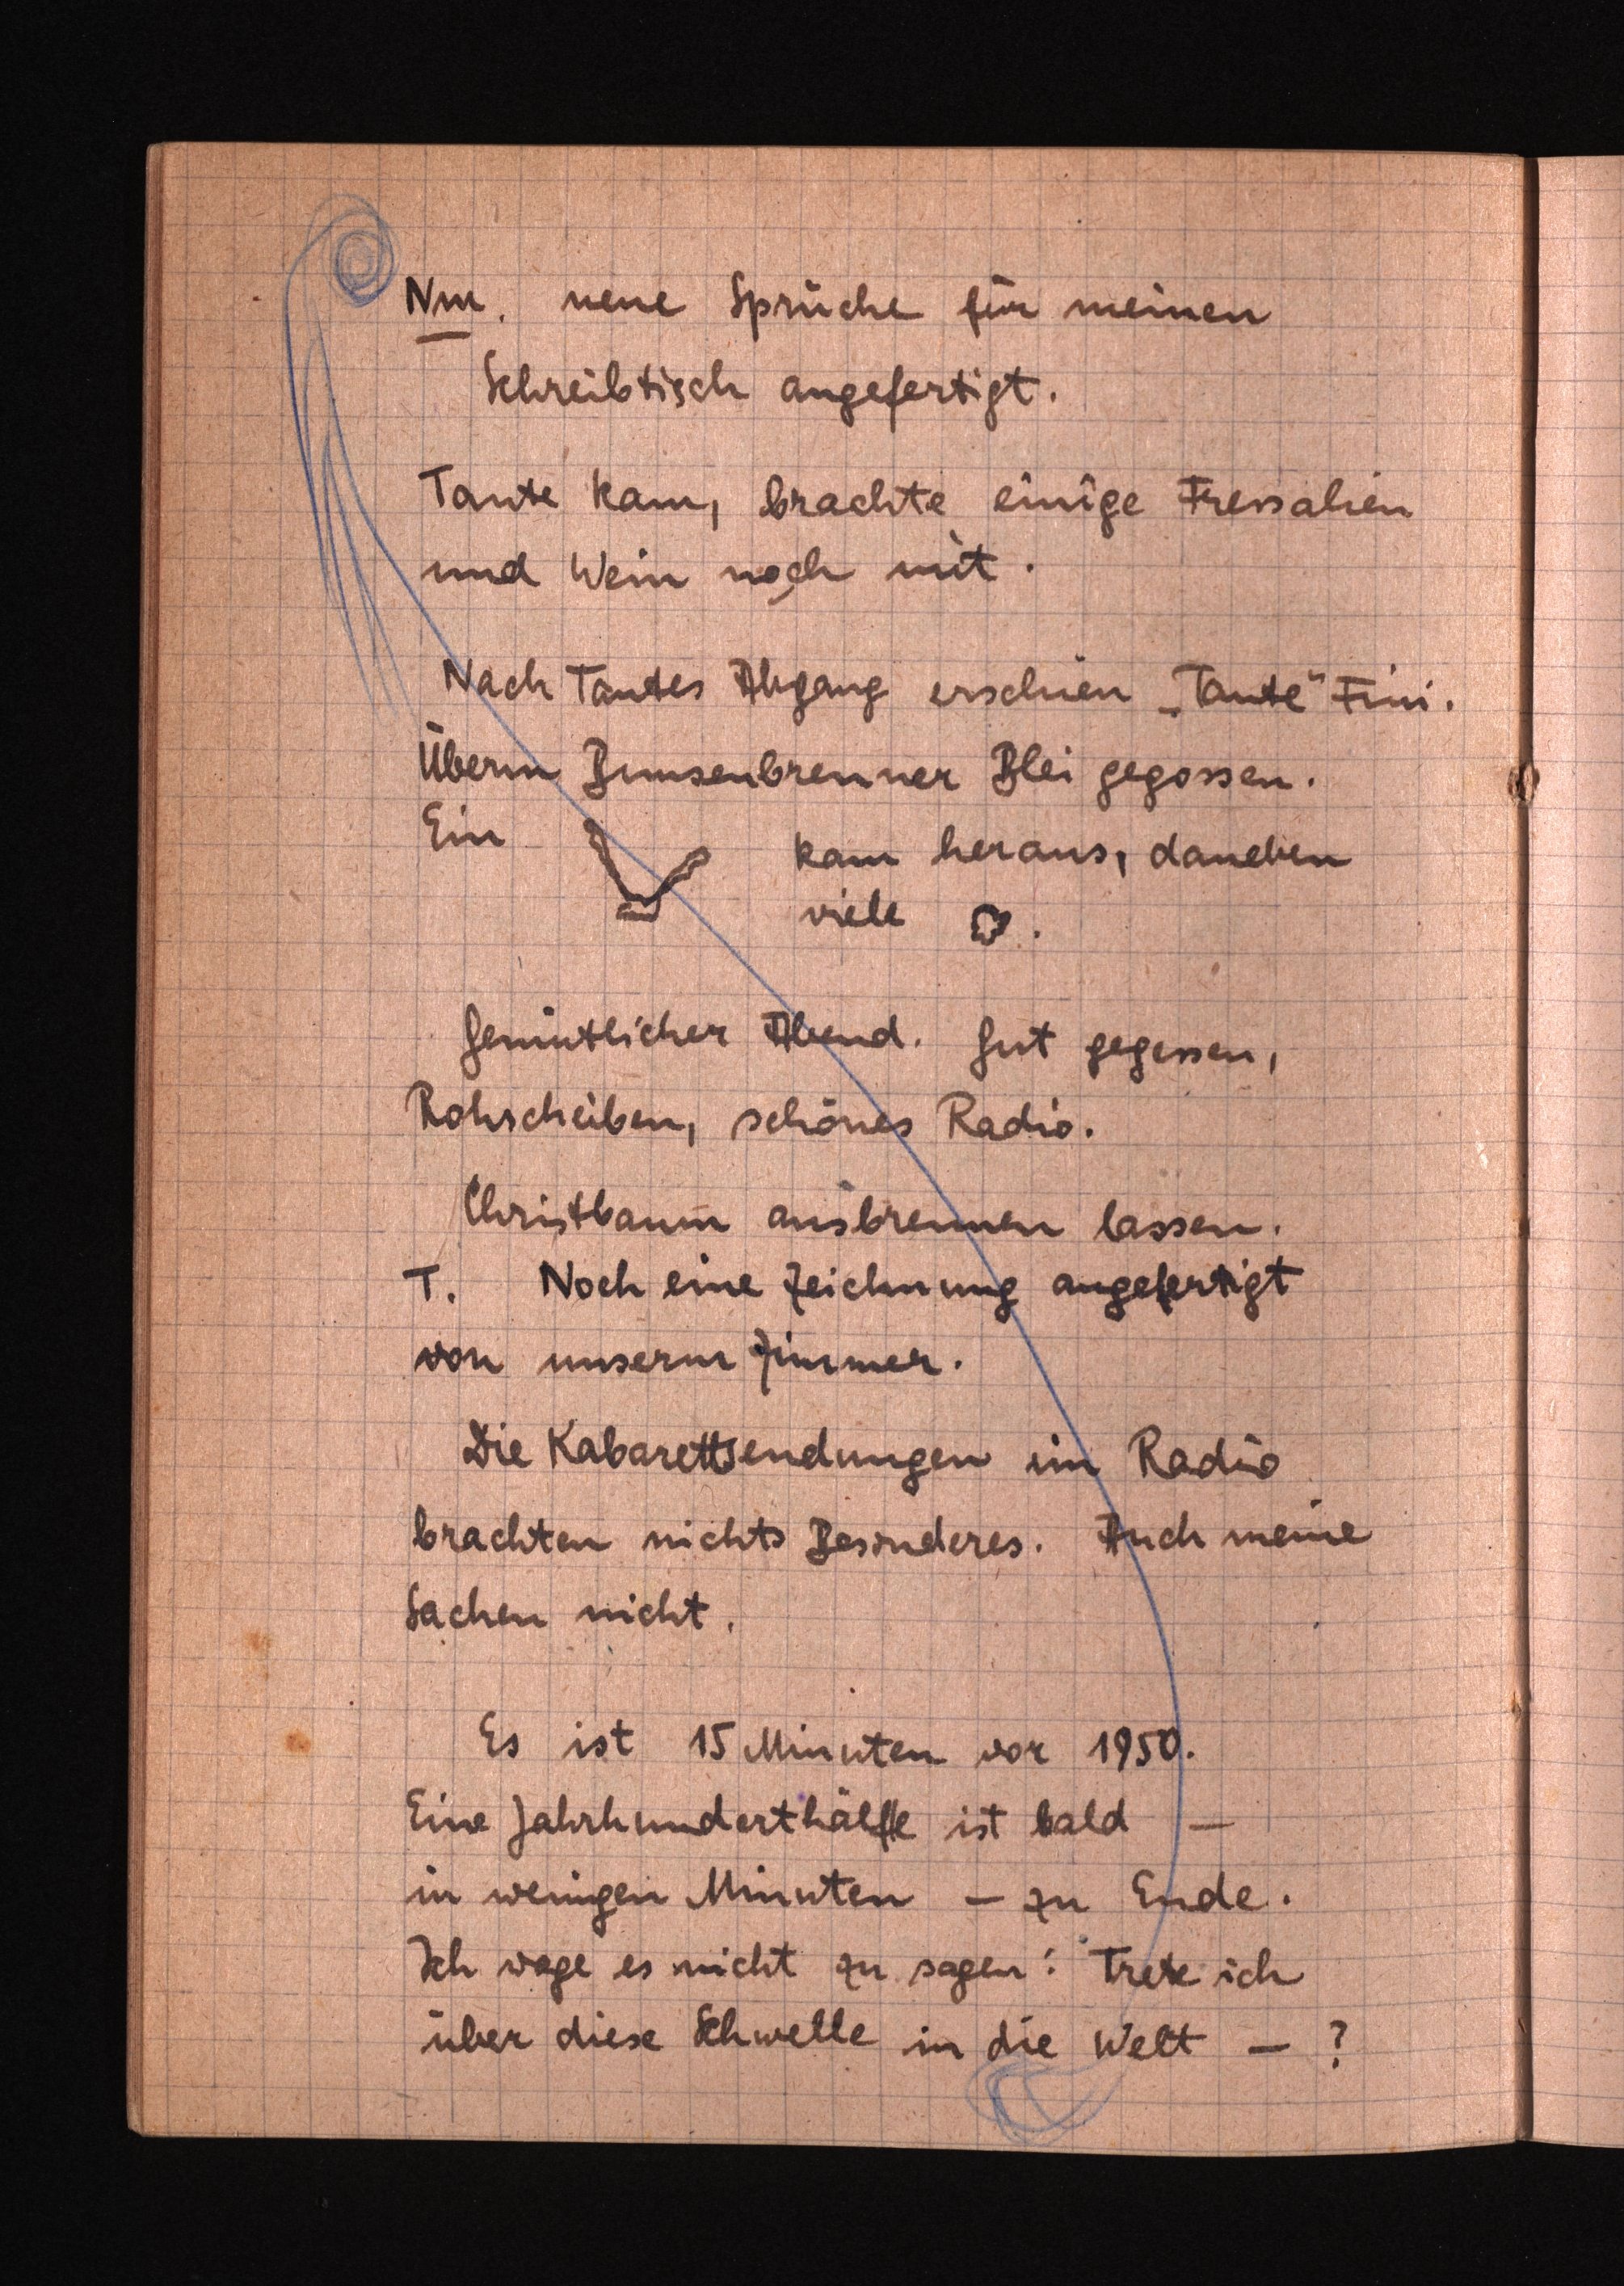
Nm neue Sprüche für meinen
Schreibtisch angefertigt.
Tante kam, brachte einige Freisahen
und Wein noch mit.
Nach Tantes Ahgang erschien "Tante" Fini.
Überin Bunsenbreuner Blei gegossen.
Ein
kam heraus, daneben
viele 8
Gemütlicher Abend. Gut gegessen,
Rohscheiben, schons Radio.
Christbaum ausbreimen lassen.
T. Noch eine Zeichnung angefertigt
von unserm Zimmer.
Die Kabarettsendungen im Radio
brachten nichts Besonderes. Auch meine
Sachen nicht.
Es ist 15 Minuten vor 1950.
Eine Jahrhunderthalfte ist bald-
in wenigen Mmuten - zu Efide.
Ich wage es nicht zu sagen! Trete ich
über diese Schwelle in die Welt -?